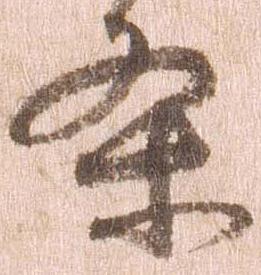
条